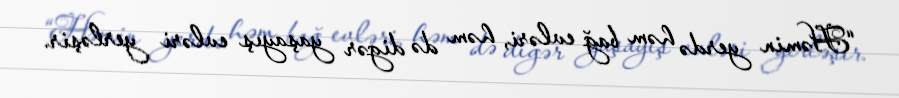
“Həmin yerdə həm bağ evləri, həm də digər yaşayış evləri yerləşir.